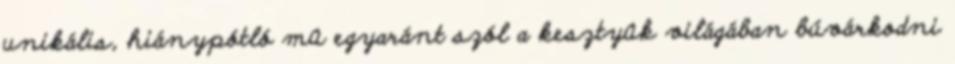
unikális, hiánypótló mû egyaránt szól a kesztyûk világában búvárkodni